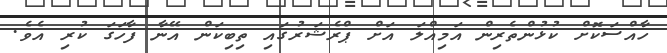
ހާއްސަކޮށް ކުޅުންތެރިން އަމިއްލަ އަށް ޕްރެޝަރުގައި ތިބިކަން އޭނާ ފާހަގަ ކުރި އެވެ.